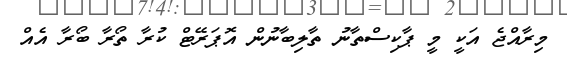
މިރާއްޖެ އަކީ މީ ޕާކިސްތާނު ތާލިބާނުން އޮޕަރޭޓް ކުރާ ތޯރާ ބޯރާ އެއް